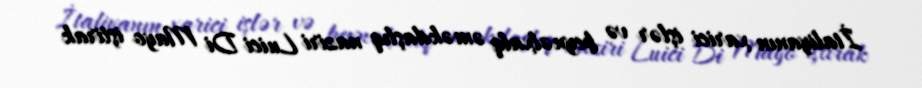
İtaliyanın xarici işlər və beynəlxalq əməkdaşlıq naziri Luici Di Mayo iştirak